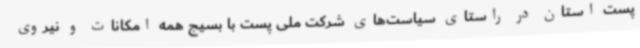
پست استان در راستای سیاست‌های شرکت ملی پست با بسیج همه امکانات و نیروی